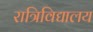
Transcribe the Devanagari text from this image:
रात्रिविद्यालय